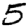
Digit: 5